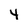
Character: 4